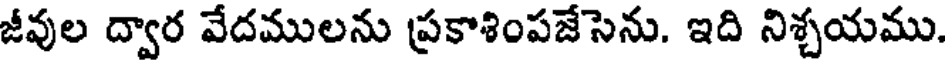
జీవుల ద్వార వేదములను ప్రకాశింపజేసెను. ఇది నిశ్చయము.